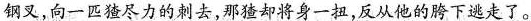
钢叉，向一匹猹尽力的刺去，那猹却将身一扭，反从他的胯下逃走了。